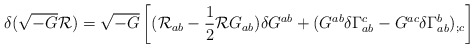
\begin{align*}\delta(\sqrt{-G}{\cal R})=\sqrt{-G}\left[({\cal R}_{ab} -\frac{1}{2}{\cal R}G_{ab})\delta G^{ab} +(G^{ab}\delta\Gamma^{c}_{ab}-G^{ac}\delta\Gamma^{b}_{ab})_{;c} \right] \end{align*}